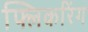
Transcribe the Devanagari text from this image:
फ्लिकरिंग